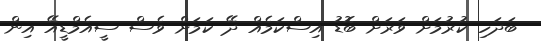
ބަދަހި ކުރުމަށް ވަރަށް ބޮޑު އިސްކަމެއް ދޭ ކަމަށް ވެސް ސީއެމްޑީއޭ އިން